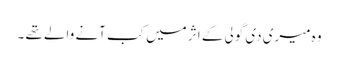
وہ میری دی گولی کے اثر میں کب آنے والے تھے ۔